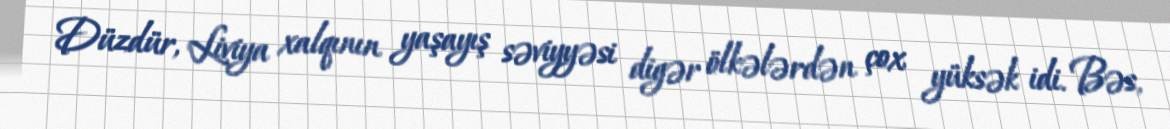
Düzdür, Liviya xalqının yaşayış səviyyəsi digər ölkələrdən çox yüksək idi. Bəs,